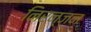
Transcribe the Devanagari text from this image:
निरन्जन